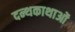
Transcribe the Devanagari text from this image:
दन्थकाथाओं